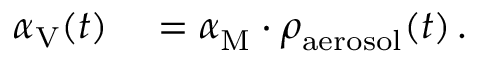
\begin{array} { r l } { \alpha _ { \mathrm { V } } ( t ) } & { { } = \alpha _ { \mathrm { M } } ^ { } \cdot \rho _ { \mathrm { a e r o s o l } } ^ { } ( t ) \, . } \end{array}